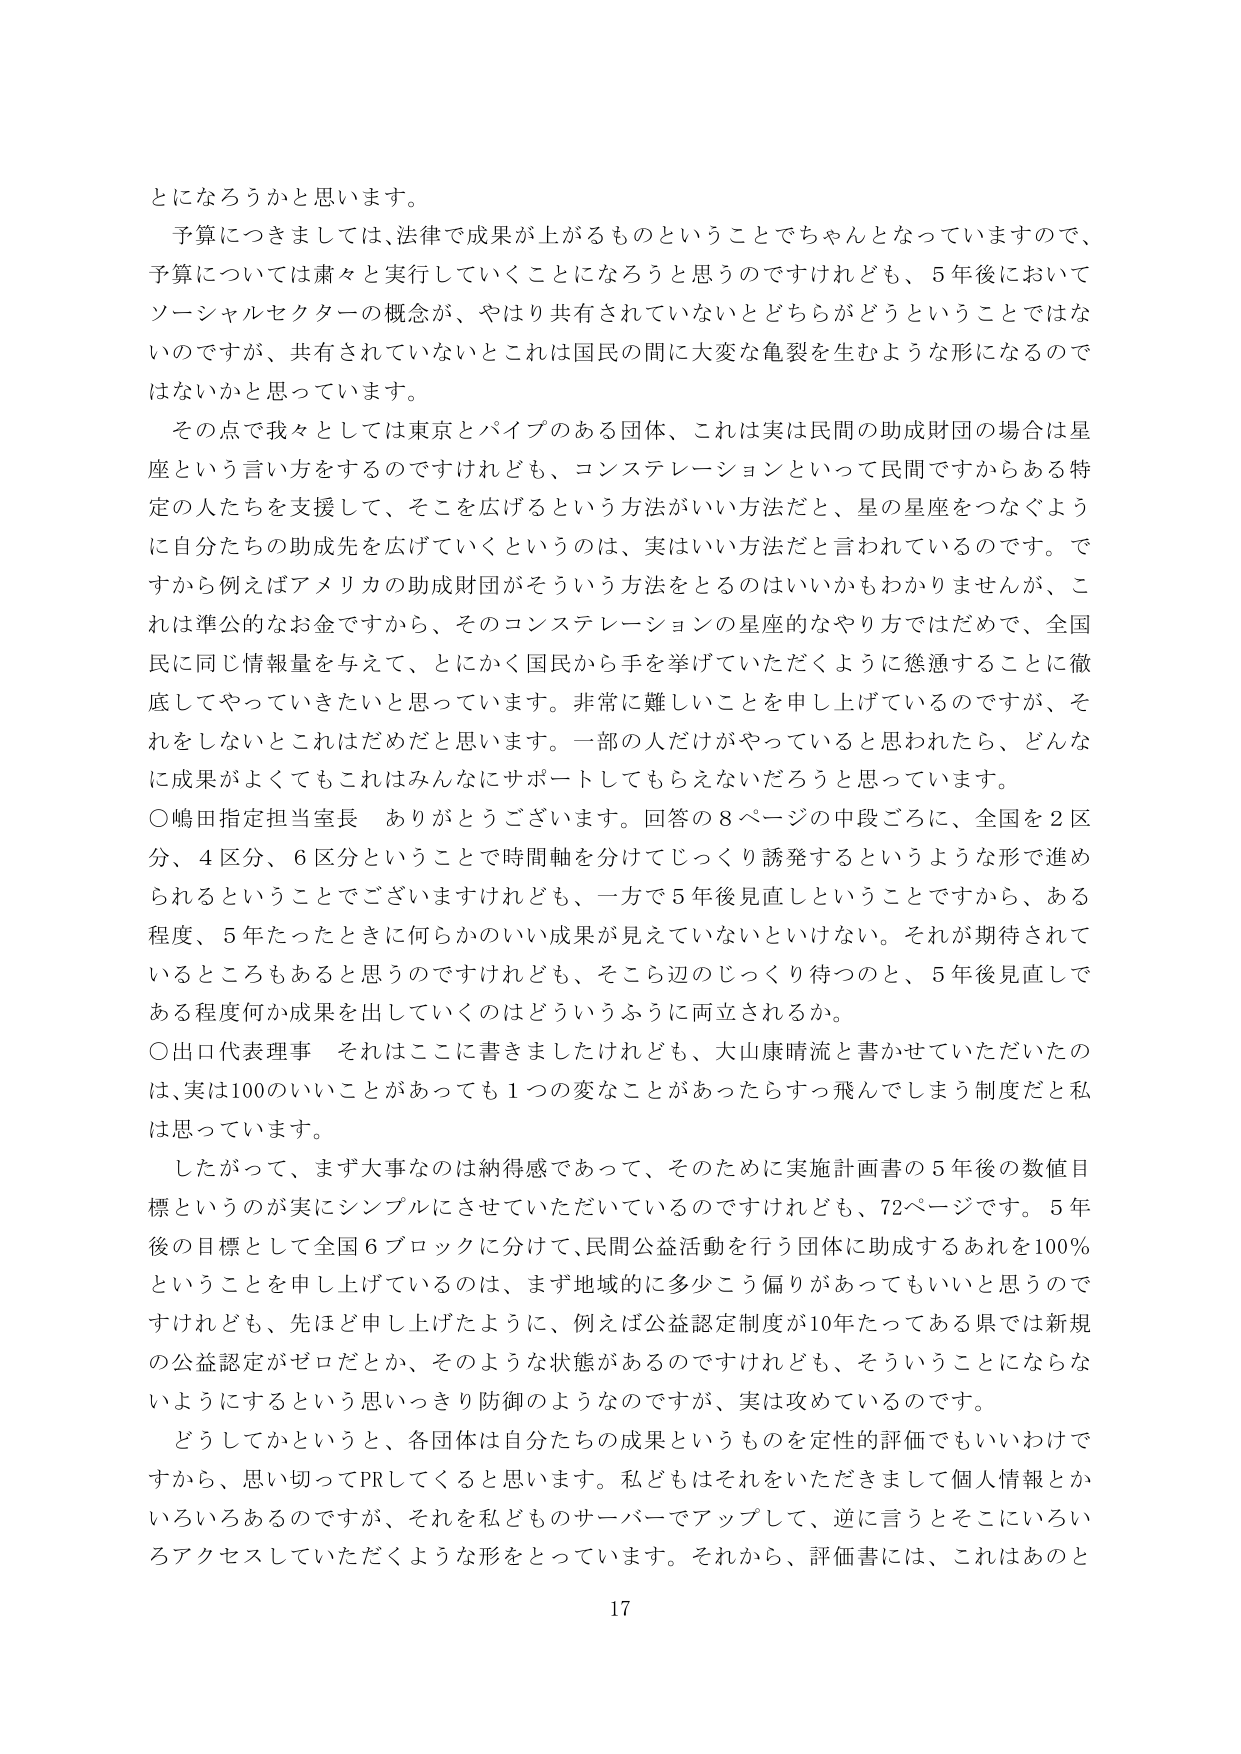
とになろうかと思います。

予算につきましては、法律で成果が上がるものということでちゃんとになっていますので、
予算については粛々と実行していくことになろうと思うのですけれども、5年後において
ソーシャルセクターの概念が、やはり共有されていないとどちらがどうということではな
いのですが、共有されていないとこれは国民の間に大変な亀裂を生むような形になるので
はないかと思っています。

その点で我々としては東京とパイプのある団体、これは実は民間の助成財団の場合は星
座という言い方をするのですけれども、コンステレーションといって民間ですからある特
定の人たちを支援して、そこを広げるという方法がいい方法だと、星の星座をつなぐよう
に自分たちの助成先を広げていくというのは、実はいい方法だと言われているのです。で
すから例えばアメリカの助成財団がそういう方法をとるのはいいかもわかりませんが、こ
れは準公的なお金ですから、そのコンステレーションの星座的なやり方ではだめで、全国
民に同じ情報量を与えて、とにかく国民から手を挙げていただくように懸濁することに徹
底してやっていきたいと思っています。非常に難しいことを申し上げているのですが、そ
れをしないとこれはだめだと思います。一部の人だけがやっていると思われたら、どんな
に成果がよくてもこれはみんなにサポートしてもらえないだろうと思っています。

〇嶋田指定担当室長　ありがとうございます。回答の8ページの中段ごろに、全国を2区
分、4区分、6区分ということで時間軸を分けてじっくり誘発するというような形で進め
られるということでございますけれども、一方で5年後見直しということでですから、ある
程度、5年たったときに何らかのいい成果が見えていないといけない。それが期待されて
いるところもあると思うのですけれども、そこら辺のじっくり待つのと、5年後見直しで
ある程度何か成果を出していくのはどういうふうに両立されるか。

〇出口代表理事　それはここに書きましたけれども、大山康晴流と書かせていただいたの
は、実は100のいいことがあっても1つの変なことがあったらすっ飛んでしまう制度だと私
は思っています。

したがって、まず大事なのは納得感であって、そのために実施計画書の5年後の数値目
標というのが実にシンプルにさせていただいているのですけれども、72ページです。5年
後の目標として全国6ブロックに分けて、民間公益活動を行う団体に助成するあれを100％
ということを申し上げているのは、まず地域的に多少こう偏があってもいいと思うので
すけれども、先ほど申し上げたように、例えば公益認定制度が10年たってある県では新規
の公益認定がゼロだとか、そのような状態があるのですけれども、そういうことにならな
いようにするという思いっきり防御のようなのですが、実は攻めているのです。

どうしてかというと、各団体は自分たちの成果というものを定性的評価でもいいわけで
すから、思い切ってPRしてくると思います。私どもはそれをいただきまして個人情報とか
いろいろあるのですが、それを私どものサーバーでアップして、逆に言うとそこにいろい
ろアクセスしていただくような形をとっています。それから、評価書には、これはあのと

17